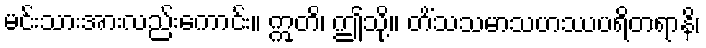
မင်းသားအားလည်းကောင်း။ ဣတိ၊ ဤသို့။ တိံသသမာသဟဿပရိတရာနိ၊